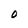
Character: O